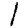
Digit: 1